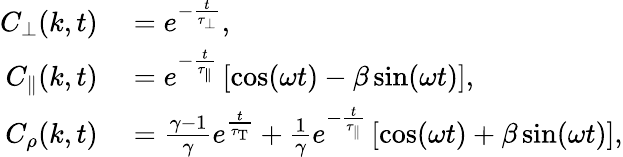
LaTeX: \begin{array}{rl}{C_{\perp}(k,t)}&{{}=e^{-\frac{t}{\tau_{\perp}}},}\\ {C_{\parallel}(k,t)}&{{}=e^{-\frac{t}{\tau_{\parallel}}}\left[\cos(\omega t)-\beta\sin(\omega t)\right],}\\ {C_{\rho}(k,t)}&{{}=\frac{\gamma-1}{\gamma}e^{\frac{t}{\tau_{\mathrm{T}}}}+\frac{1}{\gamma}e^{-\frac{t}{\tau_{\parallel}}}\left[\cos(\omega t)+\beta\sin(\omega t)\right],}\end{array}